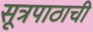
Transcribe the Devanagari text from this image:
सूत्रपाठाची